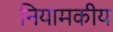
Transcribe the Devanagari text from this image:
नियामकीय